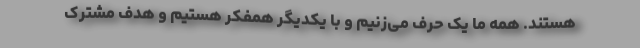
هستند. همه ما یک حرف می‌زنیم و با یکدیگر همفکر هستیم و هدف مشترک‌